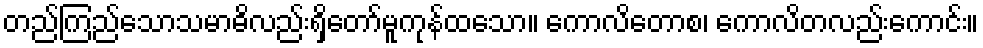
တည်ကြည်သောသမာဓိလည်းရှိတော်မူကုန်ထသော။ ကောလိတောစ၊ ကောလိတလည်းကောင်း။